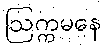
ဩက္ကမနေ